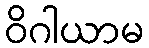
ဝိဂါယာမ